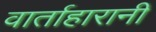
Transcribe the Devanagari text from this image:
वार्ताहारानी